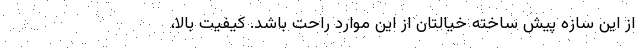
از این سازه پیش ساخته خیالتان از این موارد راحت باشد. کیفیت بالا،